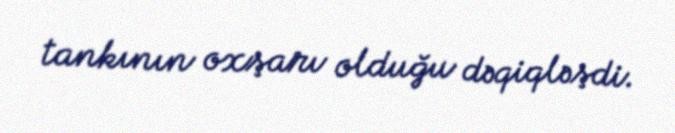
tankının oxşarı olduğu dəqiqləşdi.